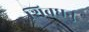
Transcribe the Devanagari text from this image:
शिवधनु